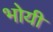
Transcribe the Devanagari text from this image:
भोयी